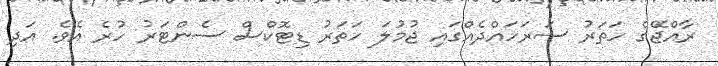
ރާއްޖޭގެ ހަތަރު ސަރަހައްދެއްގައި ޖުމުލަ ހަތަރު ޑިޓޮކްސް ސެންޓަރު ހުރެ އެވެ. އަދި